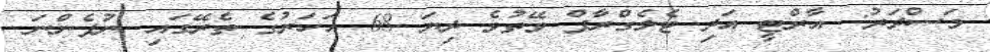
މަސްދަރު: އާރްޓީ އަދި ޓެލެގްރާފް ވޭތުވެ ދިޔަ 68 އަހަރުގެ ތެރޭގައި ނުފެންނަ